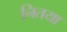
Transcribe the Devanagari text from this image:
नितया